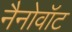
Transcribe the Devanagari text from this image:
नैनोवॉट